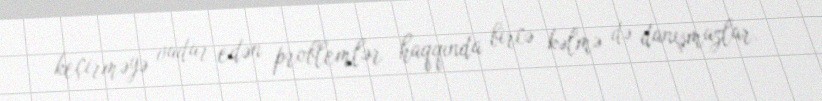
keçirməyə vadar edən problemlər haqqında bircə kəlmə də danışmazlar.